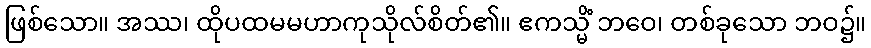
ဖြစ်သော။ အဿ၊ ထိုပထမမဟာကုသိုလ်စိတ်၏။ ဧကသ္မိံ ဘဝေ၊ တစ်ခုသော ဘဝ၌။